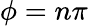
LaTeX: \phi=n\pi